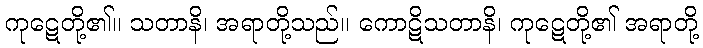
ကုဋေတို့၏။ သတာနိ၊ အရာတို့သည်။ ကောဋိသတာနိ၊ ကုဋေတို့၏ အရာတို့